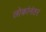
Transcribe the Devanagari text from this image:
लोकांनंतर